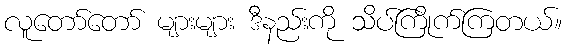
လူတော်တော် များများ ဒီနည်းကို သိပ်ကြိုက်ကြတယ်။